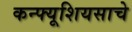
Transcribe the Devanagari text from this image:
कन्फ्यूशियसाचे